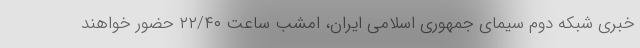
خبری شبکه دوم سیمای جمهوری اسلامی ایران، امشب ساعت ٢٢/۴٠ حضور خواهند